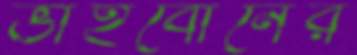
ভাইবোনের